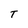
Character: T